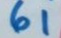
61